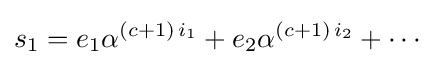
s_{1}=e_{1}\alpha ^{(c+1)\,i_{1}}+e_{2}\alpha ^{(c+1)\,i_{2}}+\cdots